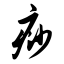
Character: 痧